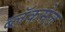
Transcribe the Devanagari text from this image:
ब्लॅकमेल